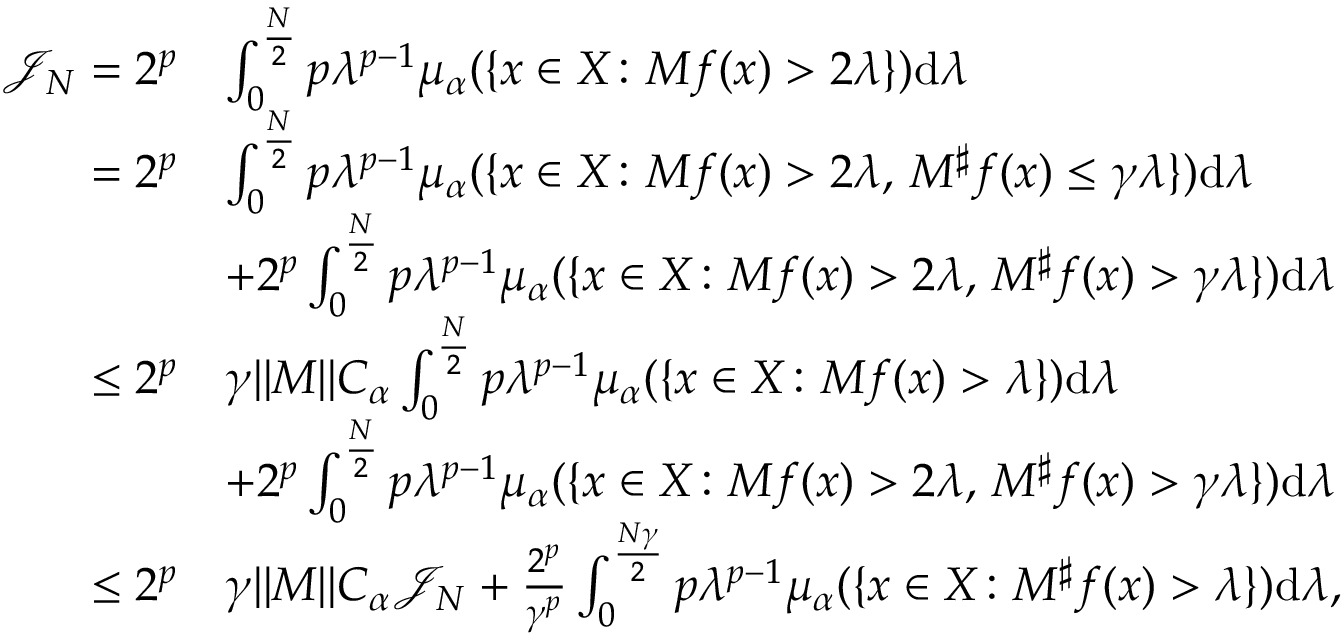
\begin{array} { r l } { \mathcal { J } _ { N } = 2 ^ { p } } & { \int _ { 0 } ^ { \frac N 2 } p \lambda ^ { p - 1 } \mu _ { \alpha } ( \{ x \in X \colon M f ( x ) > 2 \lambda \} ) \mathrm { d } \lambda } \\ { = 2 ^ { p } } & { \int _ { 0 } ^ { \frac N 2 } p \lambda ^ { p - 1 } \mu _ { \alpha } ( \{ x \in X \colon M f ( x ) > 2 \lambda , \, M ^ { \sharp } f ( x ) \leq \gamma \lambda \} ) \mathrm { d } \lambda } \\ & { + 2 ^ { p } \int _ { 0 } ^ { \frac N 2 } p \lambda ^ { p - 1 } \mu _ { \alpha } ( \{ x \in X \colon M f ( x ) > 2 \lambda , \, M ^ { \sharp } f ( x ) > \gamma \lambda \} ) \mathrm { d } \lambda } \\ { \leq 2 ^ { p } } & { \gamma \| M \| C _ { \alpha } \int _ { 0 } ^ { \frac N 2 } p \lambda ^ { p - 1 } \mu _ { \alpha } ( \{ x \in X \colon M f ( x ) > \lambda \} ) \mathrm { d } \lambda } \\ & { + 2 ^ { p } \int _ { 0 } ^ { \frac N 2 } p \lambda ^ { p - 1 } \mu _ { \alpha } ( \{ x \in X \colon M f ( x ) > 2 \lambda , \, M ^ { \sharp } f ( x ) > \gamma \lambda \} ) \mathrm { d } \lambda } \\ { \leq 2 ^ { p } } & { \gamma \| M \| C _ { \alpha } \mathcal { J } _ { N } + \frac { 2 ^ { p } } { \gamma ^ { p } } \int _ { 0 } ^ { \frac { N \gamma } 2 } p \lambda ^ { p - 1 } \mu _ { \alpha } ( \{ x \in X \colon M ^ { \sharp } f ( x ) > \lambda \} ) \mathrm { d } \lambda , } \end{array}